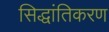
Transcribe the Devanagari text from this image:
सिद्धांतिकरण